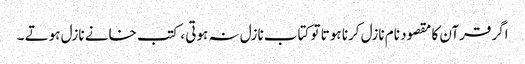
اگر قرآن کا مقصود نام نازل کرنا ہوتا تو کتاب نازل نہ ہوتی ، کتب خانے نازل ہوتے ۔